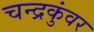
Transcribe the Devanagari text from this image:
चन्द्रकुंवर